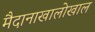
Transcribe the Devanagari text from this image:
मैदानाखालोखाल